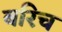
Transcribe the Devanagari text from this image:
बरिच